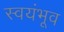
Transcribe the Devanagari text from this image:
स्वयंभूव